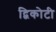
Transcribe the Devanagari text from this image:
द्विकोटी